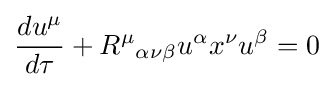
{{du^{\mu }} \over {d\tau }}+{R^{\mu }}_{\alpha \nu \beta }u^{\alpha }x^{\nu }u^{\beta }=0